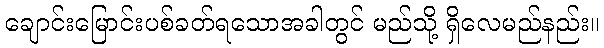
ချောင်းမြောင်းပစ်ခတ်ရသောအခါတွင် မည်သို့ ရှိလေမည်နည်း။